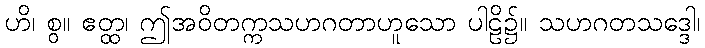
ဟိ၊ စွ။ ဧတ္ထ၊ ဤအဝိတက္ကသဟဂတာဟူသော ပါဠိ၌။ သဟဂတသဒ္ဒေါ၊